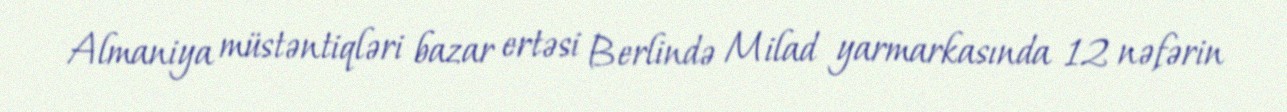
Almaniya müstəntiqləri bazar ertəsi Berlində Milad yarmarkasında 12 nəfərin